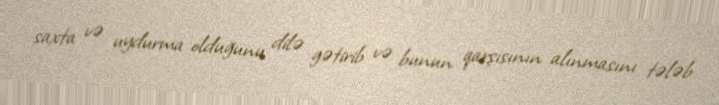
saxta və uydurma olduğunu dilə gətirib və bunun qarşısının alınmasını tələb